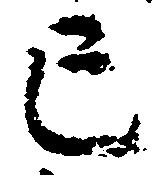
亡